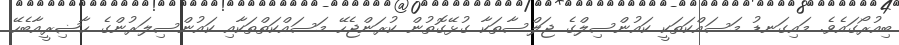
ބިއުރޯގައެވެ. މައިގަނޑު މަސައްކަތަކީ ކައުންސިލްގެ ޖަލްސާތަކާ ގުޅޭގޮތުން ކުރަންޖެހޭ މަސައްކަތްތަކާއި ކައުންސިލަރުންގެ ޙާޟިރީއާބެހޭ